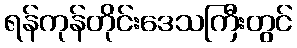
ရန်ကုန်တိုင်းဒေသကြီးတွင်